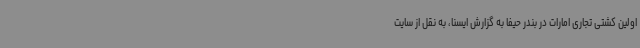
اولین کشتی تجاری امارات در بندر حیفا به گزارش ایسنا، به نقل از سایت